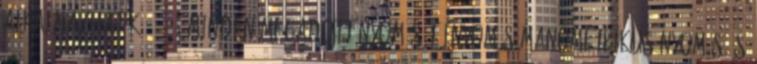
alkalmazhatók. 1.4.1. Minden megadott nyomás túlnyomás manometrikus nyomás és